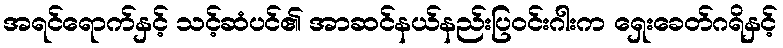
အရင်ရောက်နှင့် သင့်ဆံပင်၏ အာဆင်နယ်နည်းပြဝင်းဂါးက ရှေးခေတ်ဂရိနှင့်